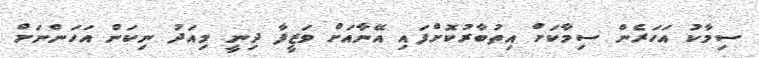
ސިމާކު އަހަރެން ސިމާކަށް އިތުބާރުކޮށްފައި އޭނާއަށް ވަޒީފާ ދިނީ މިއަދު ނިކަން އަހަންނަށް